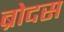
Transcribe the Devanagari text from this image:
ब्रोदस